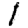
Digit: 1